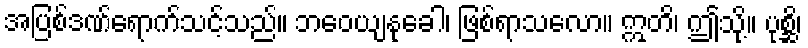
အပြစ်ဒဏ်ရောက်သင့်သည်။ ဘဝေယျနုခေါ၊ ဖြစ်ရာသလော။ ဣတိ၊ ဤသို့။ ပုစ္ဆိ၊